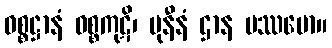
ဝစ္စဋ္ဌာနံ ဝစ္စကုဋိ၊ မုနီနံ ဌာန မဿမော။